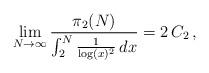
LaTeX: \begin{align*}\lim_{N \rightarrow \infty} \frac{\pi_{2}(N)}{ \int_{2}^{N} \frac{1}{\log( x )^2}\, dx} = 2 \, C_2 \, ,\end{align*}